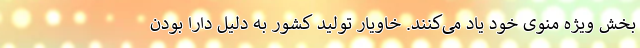
بخش ویژه منوی خود یاد می‌کنند. خاویار تولید کشور به دلیل دارا بودن